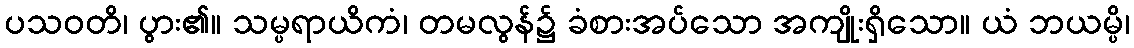
ပသဝတိ၊ ပွား၏။ သမ္ပရာယိကံ၊ တမလွန်၌ ခံစားအပ်သော အကျိုးရှိသော။ ယံ ဘယမ္ပိ၊